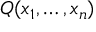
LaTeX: Q ( x _ { 1 } , \ldots , x _ { n } )